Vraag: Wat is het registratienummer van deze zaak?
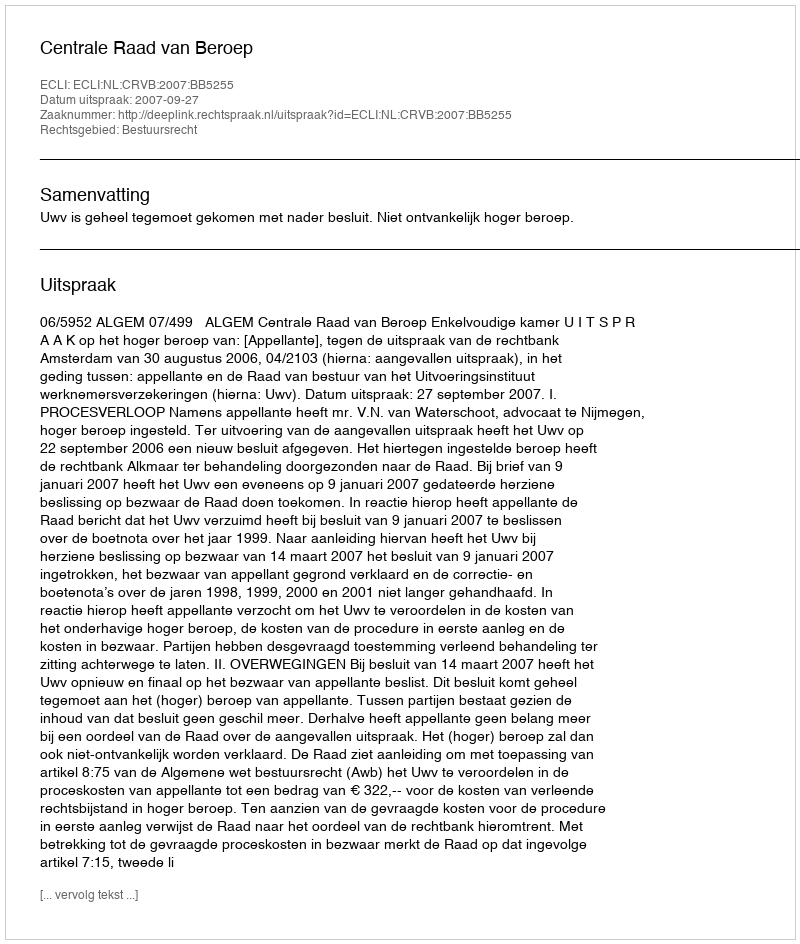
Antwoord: http://deeplink.rechtspraak.nl/uitspraak?id=ECLI:NL:CRVB:2007:BB5255